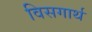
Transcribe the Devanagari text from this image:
विसगार्थ